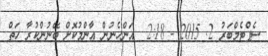
ސެޕްޓެމްބަރު 2